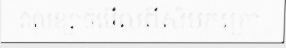
វាលខ្សាច់មើលពីសំបកក្រៅ